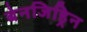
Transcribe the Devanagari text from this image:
बेनजिड्रिन